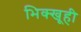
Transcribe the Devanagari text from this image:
भिक्खूही